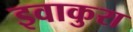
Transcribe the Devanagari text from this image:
इवाकुरा